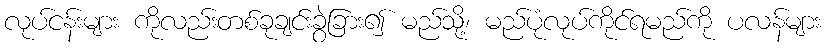
လုပ်ငန်းများ ကိုလည်းတစ်ခုချင်းခွဲခြား၍ မည်သို့၊ မည်ပုံလုပ်ကိုင်ရမည်ကို ပလန်များ